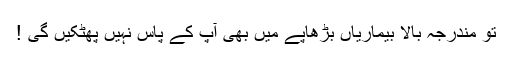
تو مندرجہ بالا بیماریاں بڑھاپے میں بھی آپ کے پاس نہیں پھٹکیں گی !